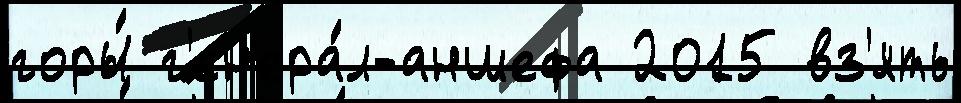
горы́ г'ен'ера́л-аншефа 2015 вз'ять